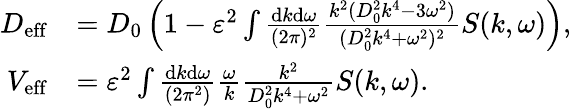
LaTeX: \begin{array}{rl}{D_{\mathrm{eff}}}&{=D_{0}\left(1-\varepsilon^{2}\int\frac{\mathrm{d}k\mathrm{d}\omega}{(2\pi)^{2}}\frac{k^{2}(D_{0}^{2}k^{4}-3\omega^{2})}{(D_{0}^{2}k^{4}+\omega^{2})^{2}}S(k,\omega)\right),}\\ {V_{\mathrm{eff}}}&{=\varepsilon^{2}\int\frac{\mathrm{d}k\mathrm{d}\omega}{(2\pi^{2})}\frac{\omega}{k}\frac{k^{2}}{D_{0}^{2}k^{4}+\omega^{2}}S(k,\omega).}\end{array}